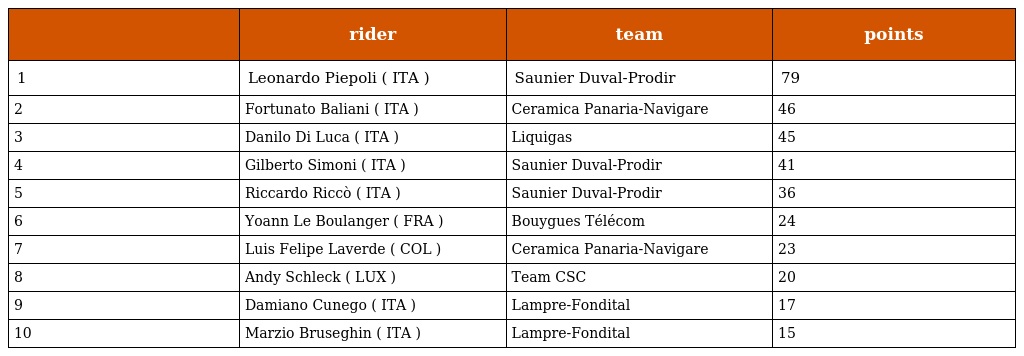
|  | rider | team | points |
 | --- | --- | --- | --- |
 | 1 | Leonardo Piepoli ( ITA ) | Saunier Duval-Prodir | 79 |
 | 2 | Fortunato Baliani ( ITA ) | Ceramica Panaria-Navigare | 46 |
 | 3 | Danilo Di Luca ( ITA ) | Liquigas | 45 |
 | 4 | Gilberto Simoni ( ITA ) | Saunier Duval-Prodir | 41 |
 | 5 | Riccardo Riccò ( ITA ) | Saunier Duval-Prodir | 36 |
 | 6 | Yoann Le Boulanger ( FRA ) | Bouygues Télécom | 24 |
 | 7 | Luis Felipe Laverde ( COL ) | Ceramica Panaria-Navigare | 23 |
 | 8 | Andy Schleck ( LUX ) | Team CSC | 20 |
 | 9 | Damiano Cunego ( ITA ) | Lampre-Fondital | 17 |
 | 10 | Marzio Bruseghin ( ITA ) | Lampre-Fondital | 15 |